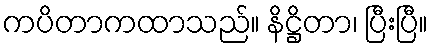
ကပိတာကထာသည်။ နိဋ္ဌိတာ၊ ပြီးပြီ။